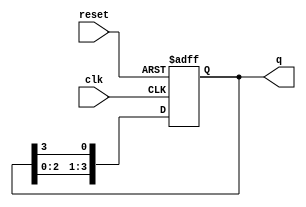
module ring_counter (
    input wire clk,      // Clock signal
    input wire reset,    // Asynchronous reset signal
    output reg [3:0] q   // 4-bit output representing the state of the counter
);

// Initial state
initial begin
    q = 4'b1000; // Initial state for the ring counter
end

// Synchronous operation
always @(posedge clk or posedge reset) begin
    if (reset) begin
        // On reset, initialize to a known state
        q <= 4'b1000; // Reset to initial state (first flip-flop set)
    end else begin
        // Shift the '1' through the ring
        q <= {q[2:0], q[3]}; // Shift left and wrap around
    end
end

endmodule